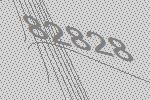
82828